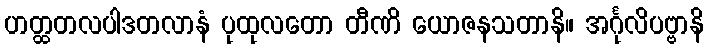
ဟတ္ထတလပါဒတလာနံ ပုထုလတော တီဏိ ယောဇနသတာနိ။ အင်္ဂုလိပဗ္ဗာနိ